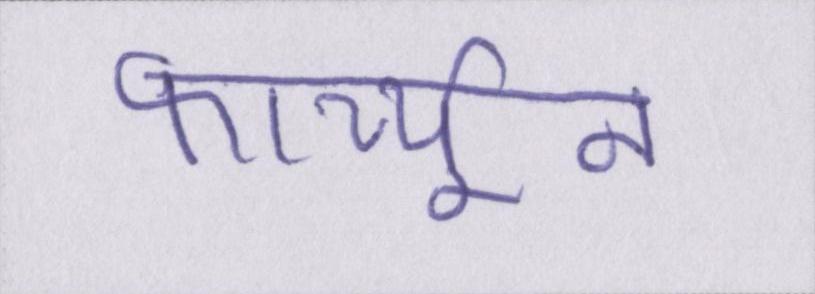
फार्च्यून